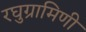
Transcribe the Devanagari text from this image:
रघुग्रामिणी